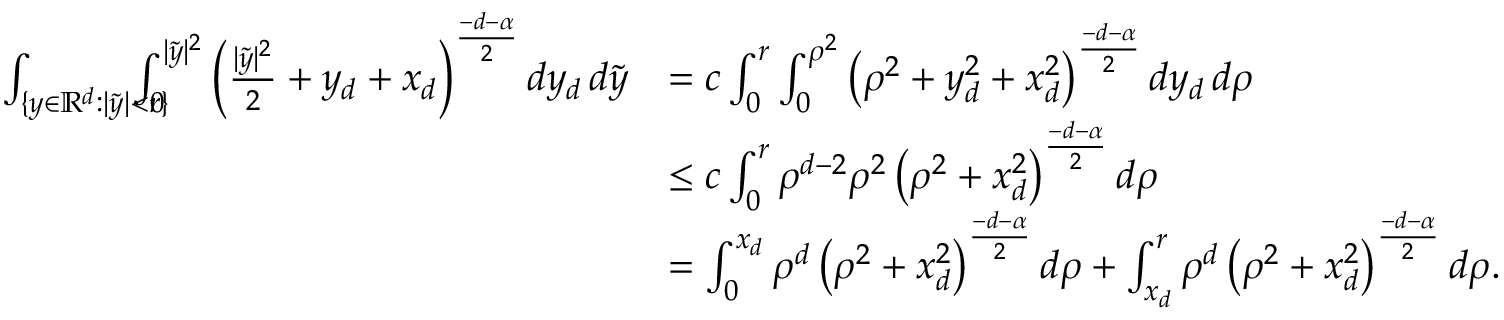
\begin{array} { r l } { \int _ { \{ y \in \mathbb { R } ^ { d } : | \tilde { y } | < r \} } \! \! \! \! \! \! \! \int _ { 0 } ^ { | \tilde { y } | ^ { 2 } } \left( \frac { | \tilde { y } | ^ { 2 } } { 2 } + y _ { d } + x _ { d } \right) ^ { \frac { - d - \alpha } { 2 } } d y _ { d } \, d \tilde { y } } & { = c \int _ { 0 } ^ { r } \int _ { 0 } ^ { \rho ^ { 2 } } \left( \rho ^ { 2 } + y _ { d } ^ { 2 } + x _ { d } ^ { 2 } \right) ^ { \frac { - d - \alpha } { 2 } } d y _ { d } \, d \rho } \\ & { \leq c \int _ { 0 } ^ { r } \rho ^ { d - 2 } \rho ^ { 2 } \left( \rho ^ { 2 } + x _ { d } ^ { 2 } \right) ^ { \frac { - d - \alpha } { 2 } } d \rho } \\ & { = \int _ { 0 } ^ { x _ { d } } \rho ^ { d } \left( \rho ^ { 2 } + x _ { d } ^ { 2 } \right) ^ { \frac { - d - \alpha } { 2 } } d \rho + \int _ { x _ { d } } ^ { r } \rho ^ { d } \left( \rho ^ { 2 } + x _ { d } ^ { 2 } \right) ^ { \frac { - d - \alpha } { 2 } } d \rho . } \end{array}